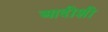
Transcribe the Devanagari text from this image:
आदीशी